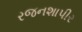
રજનશાપીર